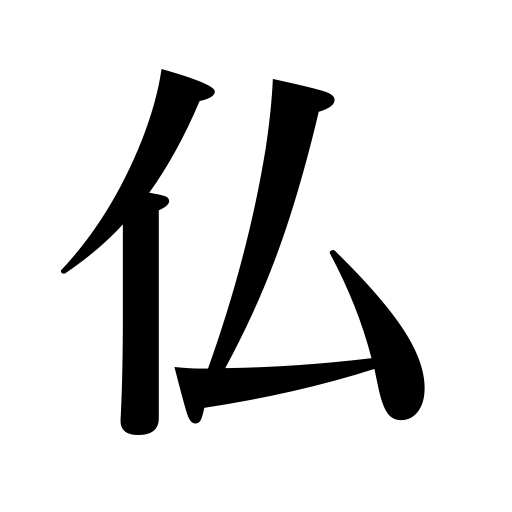
Meanings: the dead,merciful person,Buddhist image,Buddha,Buddhism